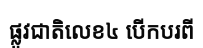
ផ្លូវជាតិលេខ៤ បើកបរពី